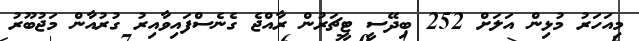
މިއަހަރު މުޅިން އަލަށް 252 ބިދޭސީ ޓީޗަރުން ރާއްޖެ ގެނެސްފައިވާއިރު ގުރުއާން މަޖުބޫރު